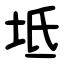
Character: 坻